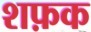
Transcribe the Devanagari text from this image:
शफ़क